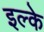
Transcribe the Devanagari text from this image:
इल्के